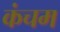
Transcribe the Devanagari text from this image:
कंचम